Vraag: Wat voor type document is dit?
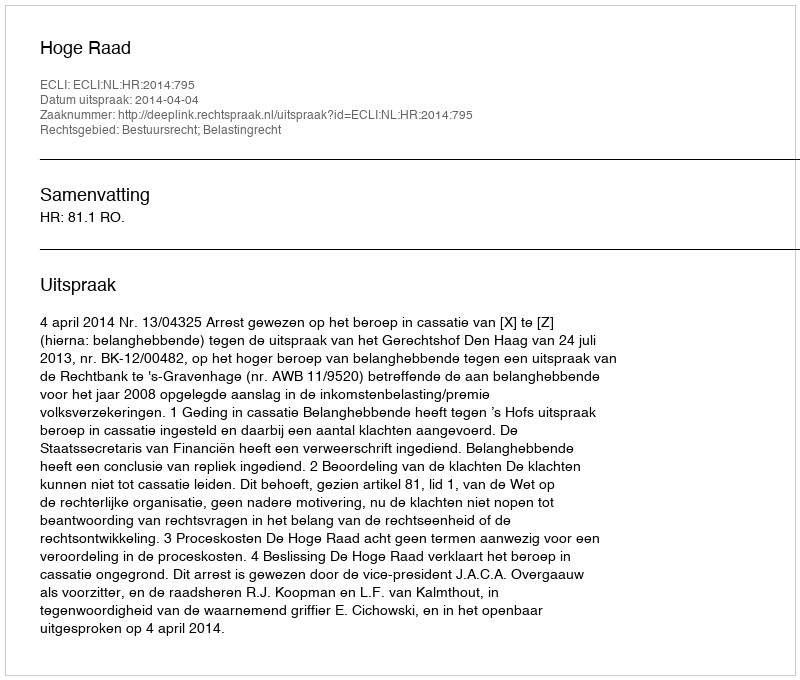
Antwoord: Uitspraak